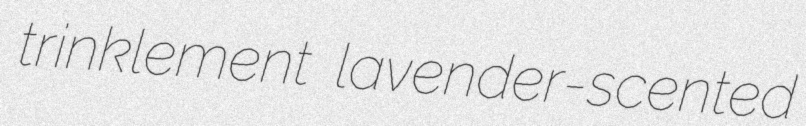
trinklement lavender-scented